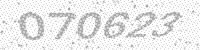
Solution: 070623